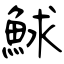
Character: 鯄